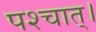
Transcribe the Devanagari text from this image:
पश्चात्‌।